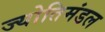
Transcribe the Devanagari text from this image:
ज्योतिमंडल